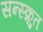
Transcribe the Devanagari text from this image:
सन्स्क्रुत